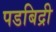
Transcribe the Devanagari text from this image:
पडबिद्री